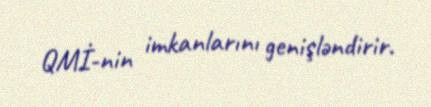
QMİ-nin imkanlarını genişləndirir.